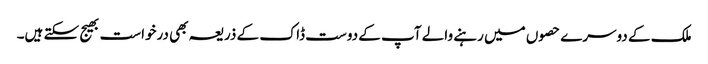
ملک کے دوسرے حصوں میں رہنے والے آپ کے دوست ڈاک کے ذریعہ بھی درخواست بھیج سکتے ہیں۔